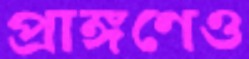
প্রাঙ্গণেও